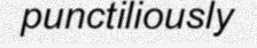
punctiliously